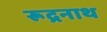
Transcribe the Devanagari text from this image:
रूद्रनाथ